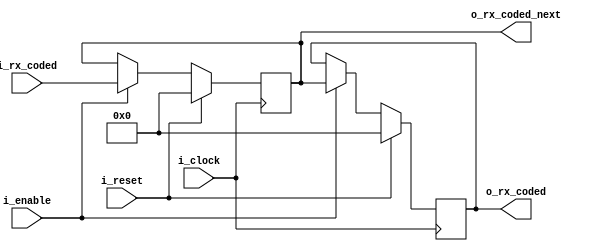
/*

este bloque tiene como entrada un bloque codificado y como salida
el bloque actual y el bloque previo,cada salida va a un bloque comparador para aplicar la funcion
R_TYPE y R_TYPE_NEXT
*/

module decoder_interface
#(
	parameter LEN_CODED_BLOCK = 66,
    parameter LEN_RX_DATA 	  =	64,
    parameter LEN_RX_CTRL 	  = 8
 )
 (
 	input wire  						i_clock,
 	input wire  						i_reset,
 	input wire  						i_enable,
 	input wire  [LEN_CODED_BLOCK-1 : 0] i_rx_coded,
 	output wire [LEN_CODED_BLOCK-1 : 0] o_rx_coded,
 	output wire [LEN_CODED_BLOCK-1 : 0] o_rx_coded_next
 );

 reg [LEN_CODED_BLOCK-1 : 0] rx_coded;
 reg [LEN_CODED_BLOCK-1 : 0] rx_coded_next;


 assign o_rx_coded      = rx_coded;
 assign o_rx_coded_next = rx_coded_next;


 always @ (posedge i_clock)
 begin

 	if(i_reset)
 	begin
 		rx_coded      <= {LEN_CODED_BLOCK{1'b0}};
 		rx_coded_next <= {LEN_CODED_BLOCK{1'b0}};
 	end
 	else if(i_enable)
 	begin
 		rx_coded      <= rx_coded_next;
 		rx_coded_next <= i_rx_coded;
 	end

 end

endmodule